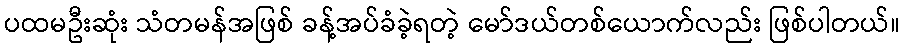
ပထမဦးဆုံး သံတမန်အဖြစ် ခန့်အပ်ခံခဲ့ရတဲ့ မော်ဒယ်တစ်ယောက်လည်း ဖြစ်ပါတယ်။